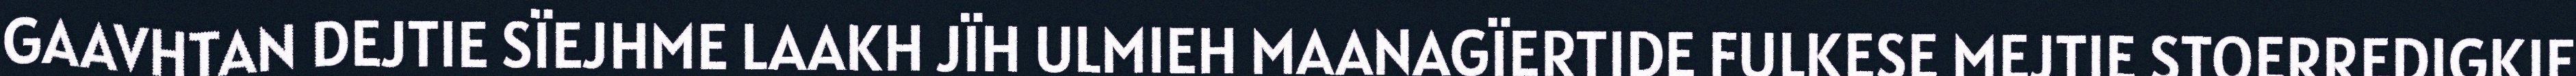
GAAVHTAN DEJTIE SÏEJHME LAAKH JÏH ULMIEH MAANAGÏERTIDE FULKESE MEJTIE STOERREDIGKIE